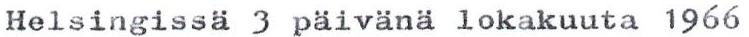
Helsingissä 3 päivänä lokakuuta 1966